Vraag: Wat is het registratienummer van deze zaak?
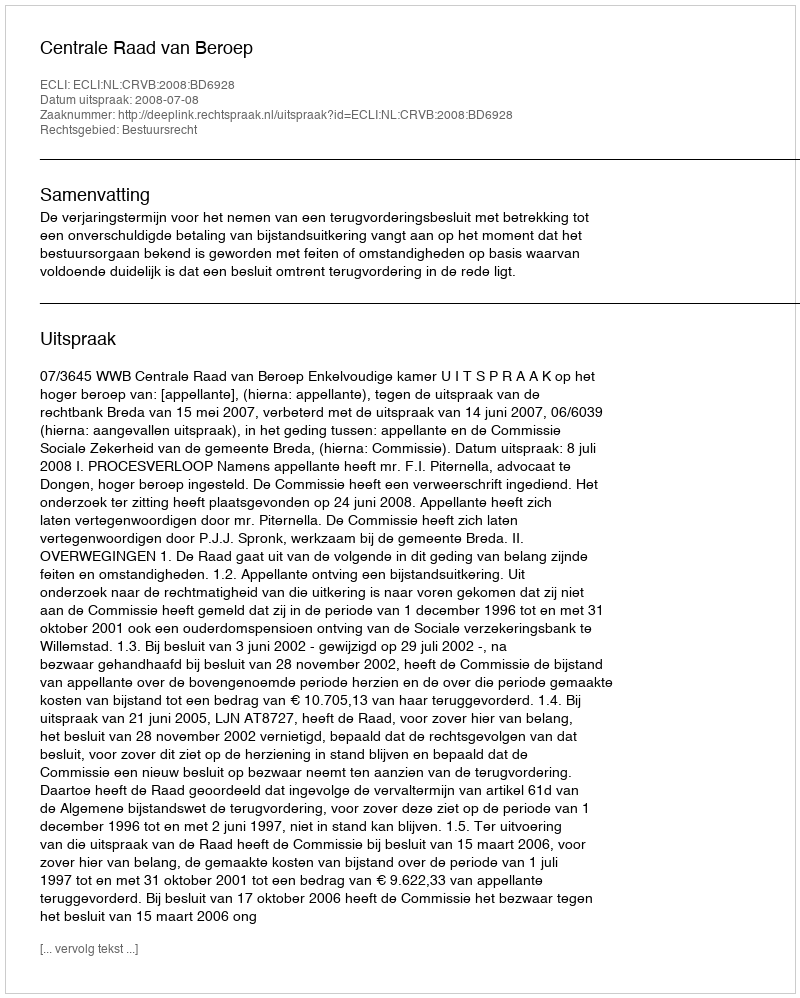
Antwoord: http://deeplink.rechtspraak.nl/uitspraak?id=ECLI:NL:CRVB:2008:BD6928